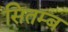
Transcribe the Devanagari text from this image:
सितम्ब